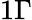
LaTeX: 1\Gamma